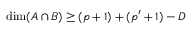
\dim ( A \cap B ) \ge ( p + 1 ) + ( p ^ { \prime } + 1 ) - D